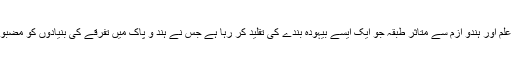
یہ کم علم اور ہندو ازم سے متاثر طبقہ جو ایک ایسے بیہودہ بندے کی تقلید کر رہا ہے جس نے ہند و پاک میں تفرقے کی بنیادوں کو مضبوط کیا۔